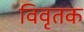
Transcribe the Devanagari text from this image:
विवृतक